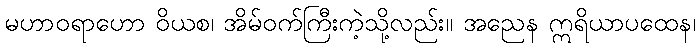
မဟာဝရာဟော ဝိယစ၊ အိမ်ဝက်ကြီးကဲ့သို့လည်း။ အညေန ဣရိယာပထေန၊